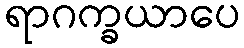
ရာဂက္ခယာပေ